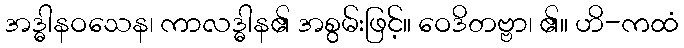
အဒ္ဓါနဝသေန၊ ကာလဒ္ဓါန၏ အစွမ်းဖြင့်။ ဝေဒိတဗ္ဗာ၊ ၏။ ဟိ-ကထံ